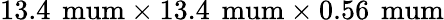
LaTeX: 13.4\, \mathrm{\ mum}\times 13.4\, \mathrm{\ mum}\times 0.56\, \mathrm{\ mum}